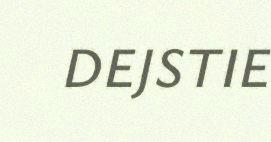
DEJSTIE